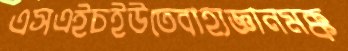
এসএইচইউতেবাহ্যজ্ঞানমক্ক